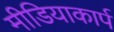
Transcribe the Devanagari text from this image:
मीडियाकार्प